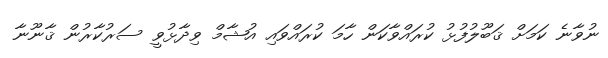
ނުވާނެ ކަމަށް ޤަބޫލުފުޅު ކުރައްވާކަން ހާމަ ކުރައްވައި އުޝާމް ވިދާޅުވީ ސަރުކާރުން ޤާނޫނާ